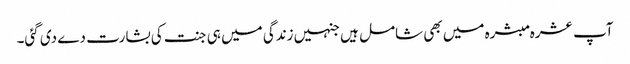
آپ عشرہ مبشرہ میں بھی شامل ہیں جنہیں زندگی میں ہی جنت کی بشارت دے دی گئی۔